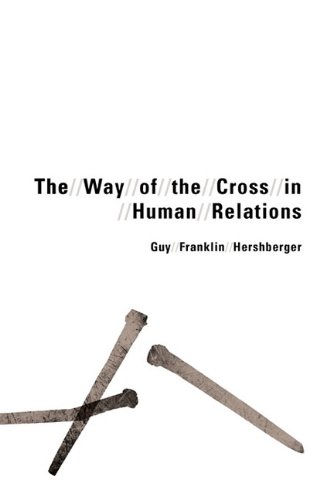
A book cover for The Way of the Cross in Human Relations; Guy Franklin Hershberger; Christian Books & Bibles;